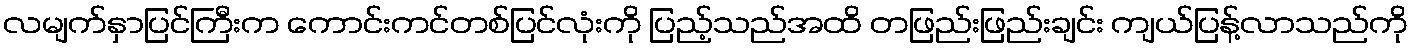
လမျက်နှာပြင်ကြီးက ကောင်းကင်တစ်ပြင်လုံးကို ပြည့်သည်အထိ တဖြည်းဖြည်းချင်း ကျယ်ပြန့်လာသည်ကို